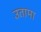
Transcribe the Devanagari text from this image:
उतामा